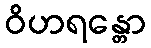
ဝိဟရန္တော